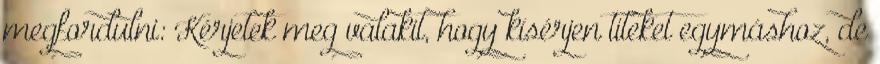
megfordulni: Kérjetek meg valakit, hogy kísérjen titeket egymáshoz, de